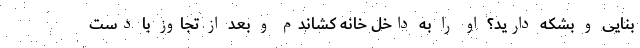
بنایی و بشکه دارید؟ او را به داخل خانه کشاندم و بعد از تجاوز با دست